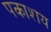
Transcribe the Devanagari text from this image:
पकाशय